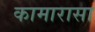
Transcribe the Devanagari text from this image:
कामारासा